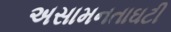
અસામનતાઘટી